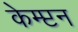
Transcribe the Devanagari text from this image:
केम्प्टन